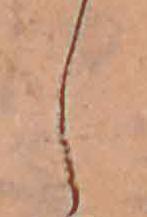
し